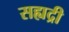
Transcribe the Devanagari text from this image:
सह्यद्री